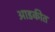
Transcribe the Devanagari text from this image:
आडकीत